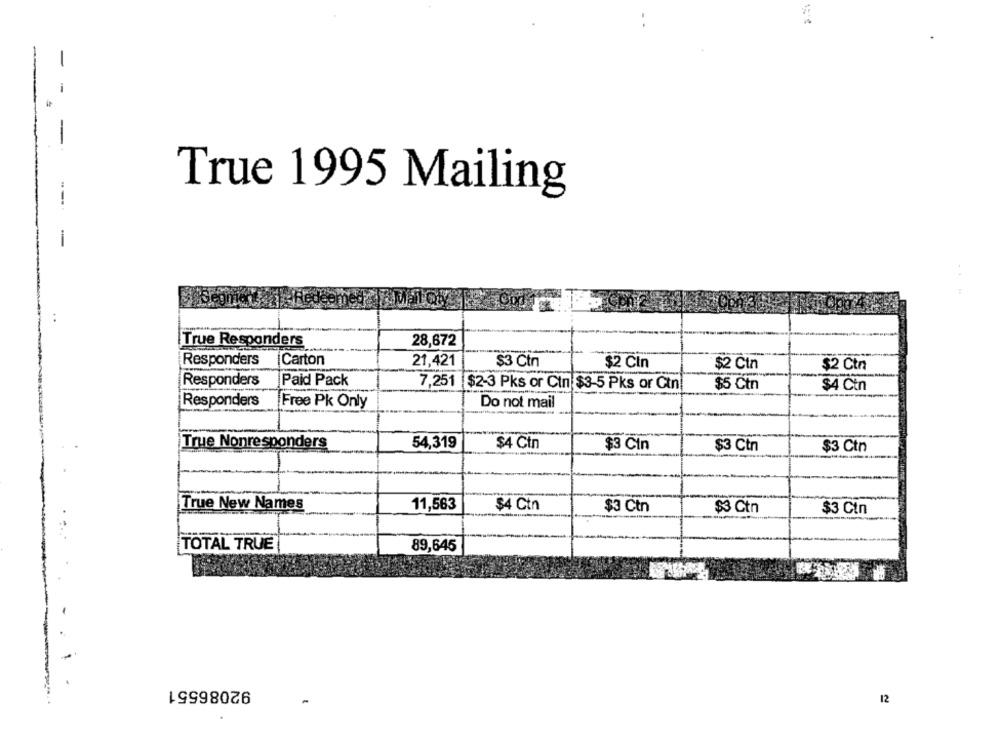
-
True 1995 Mailing
True Responders
28,672
Responders
Carton
21,421
$3 Ctr
$2 Cin
$2 Cin
$2 Ctn
Responders
Paid Pack
7,251 $2-3 Pks or Cin $3-5 Pks or Ctn
$5 Ctn
$4 Ctn
Responders
Free Pk Only
Do not mail
True Nonresponders
54,319
$4 Ctn
$3 Cin
$3 Ctn
$3 Ctn
11,563
True New Names
$4 Ctn
$3 Ctn
$3 Ctn
$3 Ctn
TOTAL TRUE
89,645
-
92086551
-
12